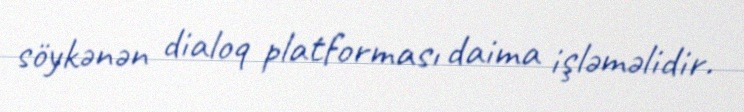
söykənən dialoq platforması daima işləməlidir.